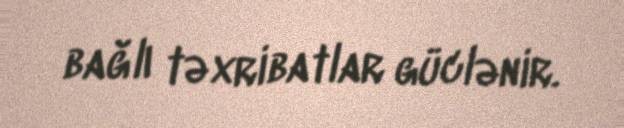
bağlı təxribatlar güclənir.